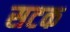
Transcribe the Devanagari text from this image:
सटक